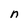
Character: n